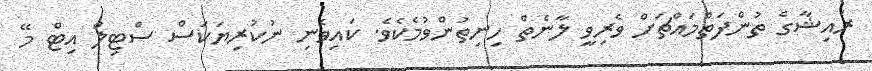
ރައިޝާގެ ތުންފަތްމައްޗަށް ވެރިވީ ލާނެތް ހިނިތުންވުމެކެވެ. ކައިވެނި ނުކުރިޔަކަސް ސްޓިލް އިޓް މޭ